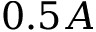
0 . 5 A